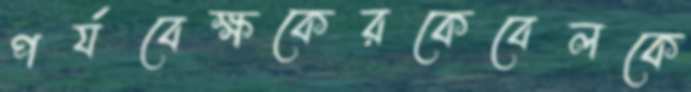
পর্যবেক্ষকেরকেবেলকে